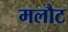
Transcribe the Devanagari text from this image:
मलौट